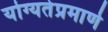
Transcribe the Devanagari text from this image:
योग्यतेप्रमाणे